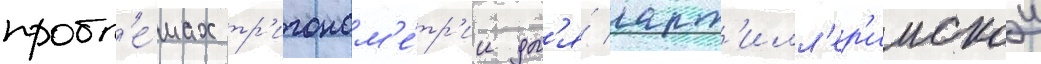
пробл'е́мах тр'игоном'е́тр'ии дл'я́ арт'илл'ер'иискои